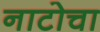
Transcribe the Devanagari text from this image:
नाटोचा